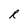
Character: R